Vaccine operations Central Provinces 1900-1911 - 1900-1911
Year: 1900
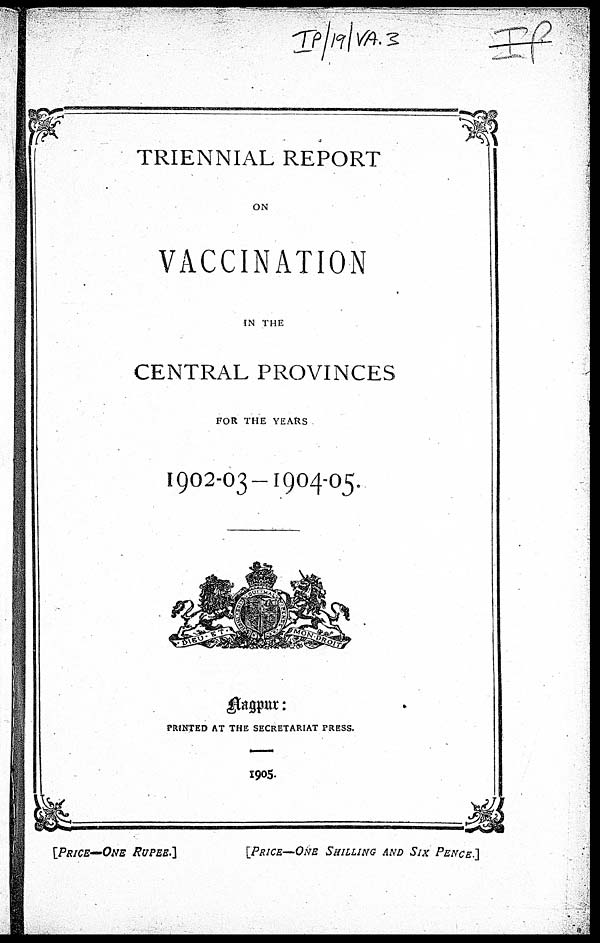
TRIENNIAL REPORT
ON
VACCINATION
IN THE
CENTRAL PROVINCES
FOR THE YEARS
1902-03— 1904-05.
Nagpur :
PRINTED AT THE SECRETARIAT PRESS.
1905.
[PRICE—ONE RUPEE.]
[PRICE—ONE SHILLING AND SIX PENCE.]